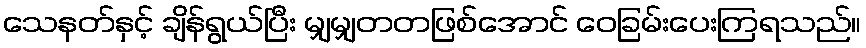
သေနတ်နှင့် ချိန်ရွယ်ပြီး မျှမျှတတဖြစ်အောင် ဝေခြမ်းပေးကြရသည်။